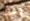
وقت